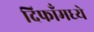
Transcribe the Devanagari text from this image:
दिफाँमध्ये